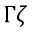
\Gamma \zeta